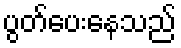
ပွတ်ပေးနေသည်